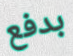
بدفع